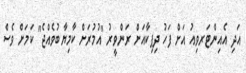
އަދި އެއިންޓަރވިއު އަށް ފަހު ދިޕިކާއަށް ރަންވީރު "އުމުރަށް ކާމިޔާބުވެއްޖެ" ކަމަށް ވެސް